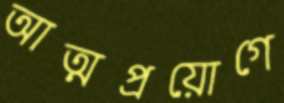
আত্মপ্রয়োগে